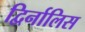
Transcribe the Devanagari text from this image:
द्विर्नालिस